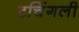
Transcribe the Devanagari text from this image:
टचिंगली